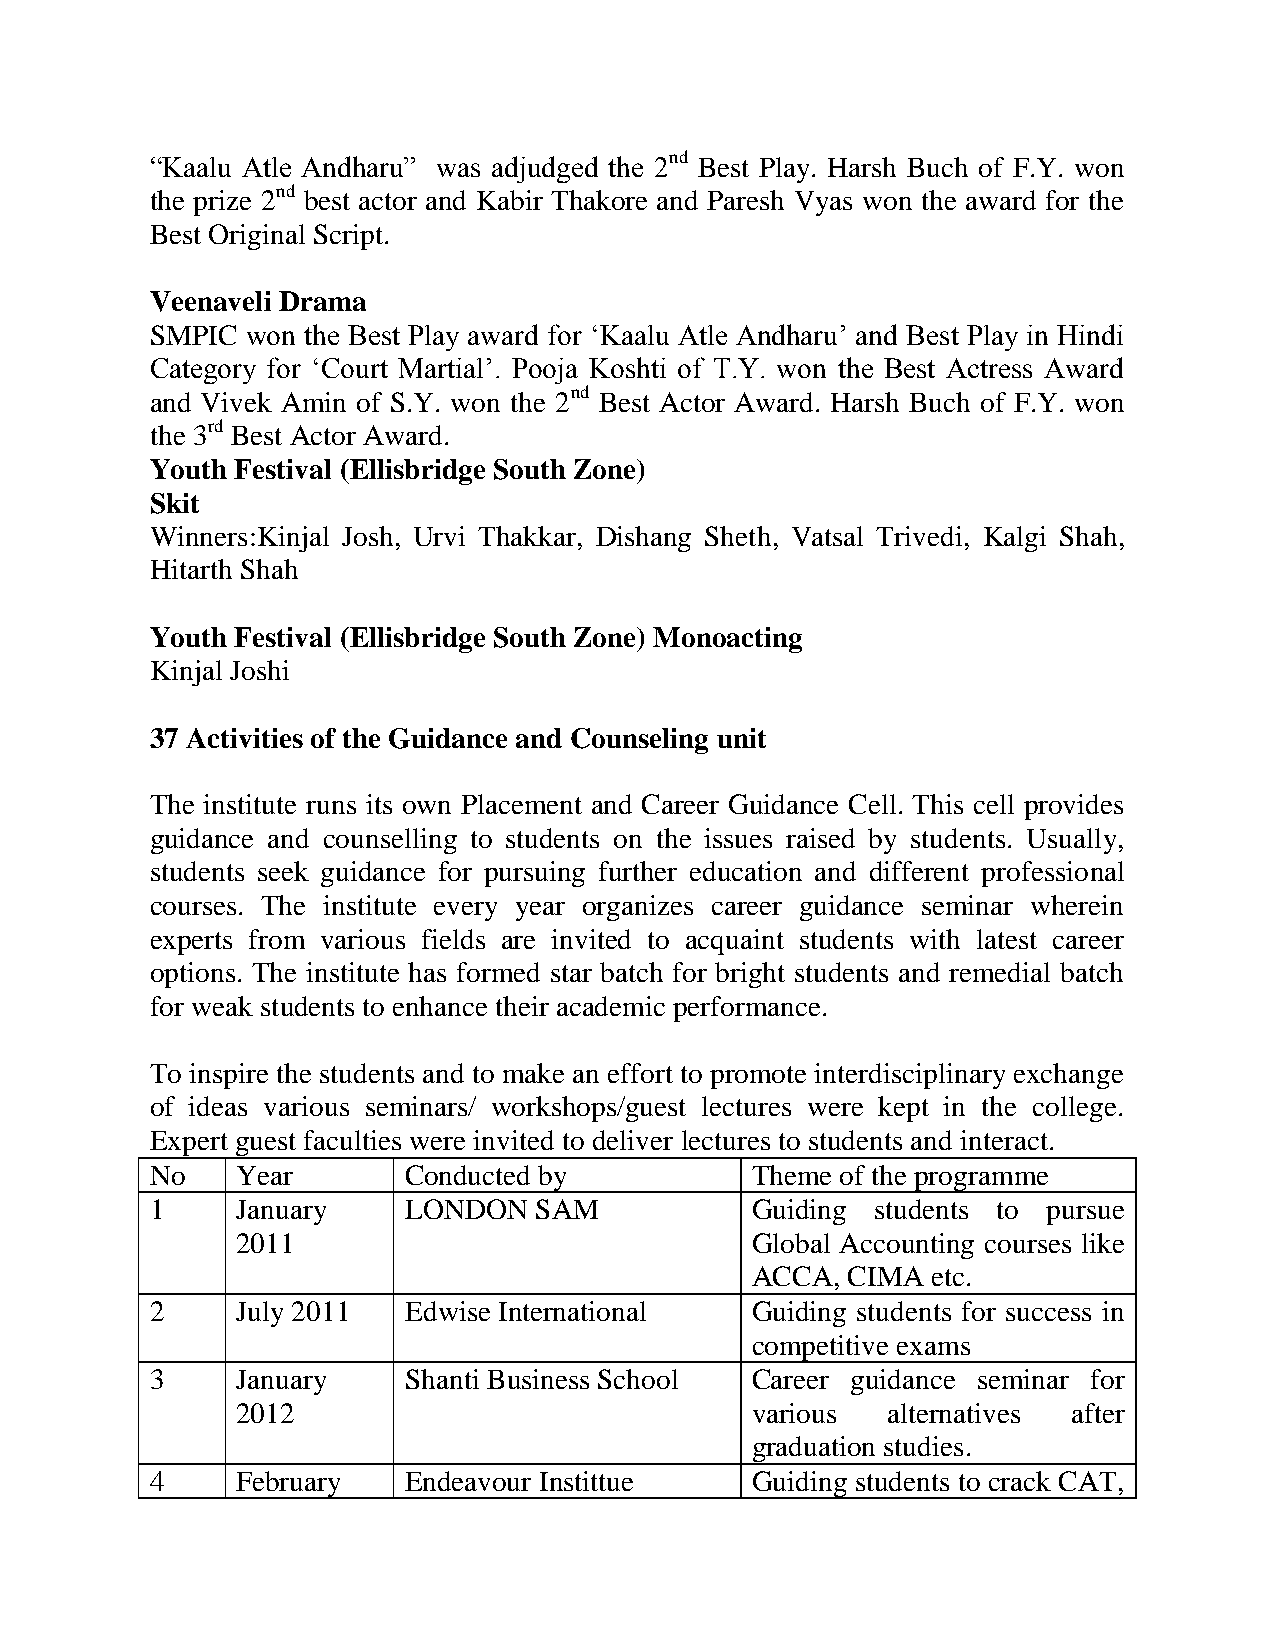
“Kaalu Atle Andharu” was adjudged the 2nd Best Play. Harsh Buch of F.Y. won
 the prize 2nd best actor and Kabir Thakore and Paresh Vyas won the award for the
 Best Original Script.
 Veenaveli Drama
 SMPIC won the Best Play award for „Kaalu Atle Andharu‟ and Best Play in Hindi
 Category for „Court Martial‟. Pooja Koshti of T.Y. won the Best Actress Award
 and Vivek Amin of S.Y. won the 2nd Best Actor Award. Harsh Buch of F.Y. won
 the 3rd Best Actor Award.
 Youth Festival (Ellisbridge South Zone)
 Skit
 Winners:Kinjal Josh, Urvi Thakkar, Dishang Sheth, Vatsal Trivedi, Kalgi Shah,
 Hitarth Shah
 Youth Festival (Ellisbridge South Zone) Monoacting
 Kinjal Joshi
 37 Activities of the Guidance and Counseling unit
 The institute runs its own Placement and Career Guidance Cell. This cell provides
 guidance and counselling to students on the issues raised by students. Usually,
 students seek guidance for pursuing further education and different professional
 courses. The institute every year organizes career guidance seminar wherein
 experts from various fields are invited to acquaint students with latest career
 options. The institute has formed star batch for bright students and remedial batch
 for weak students to enhance their academic performance.
 To inspire the students and to make an effort to promote interdisciplinary exchange
 of ideas various seminars/ workshops/guest lectures were kept in the college.
 Expert guest faculties were invited to deliver lectures to students and interact.
 No    Year       Conducted by           Theme of the programme
 1     January    LONDON  SAM            Guiding students to pursue
 2011                              Global Accounting courses like
 ACCA, CIMA  etc.
 2     July 2011  Edwise International   Guiding students for success in
 competitive exams
 3     January    Shanti Business School Career guidance seminar for
 2012                              various  alternatives after
 graduation studies.
 4     February   Endeavour Instittue    Guiding students to crack CAT,